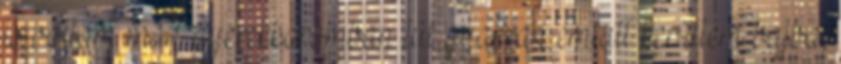
is voltam már, gyerekkoromban túl gyakran emiatt kerültem bajba,